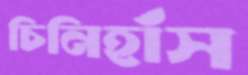
চিনিহাঁস